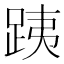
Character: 跠